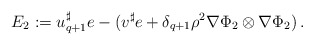
\begin{align*}E_2 := u_{q+1}^\sharp e - (v^\sharp e + \delta_{q+1} \rho^2 \nabla \Phi_2 \otimes \nabla \Phi_2)\, .\end{align*}